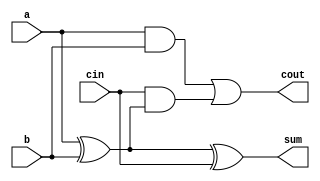
module FullAdder (
    input wire a,        // First input bit
    input wire b,        // Second input bit
    input wire cin,      // Carry input
    output wire sum,     // Sum output
    output wire cout      // Carry output
);
    assign sum = a ^ b ^ cin;       // Sum calculation
    assign cout = (a & b) | (cin & (a ^ b)); // Carry calculation
endmodule